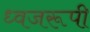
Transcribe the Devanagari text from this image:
ध्वजरूपी